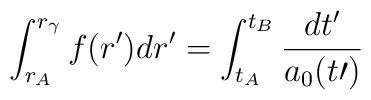
\int^{r_{\gamma}}_{r_A}f(r^\prime)dr^\prime=\int^{t_B}_{t_A}\frac{dt^\prime}{a_0(t\prime)}